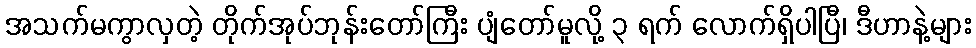
အသက်မကွာလှတဲ့ တိုက်အုပ်ဘုန်းတော်ကြီး ပျံတော်မူလို့ ၃ ရက် လောက်ရှိပါပြီ၊ ဒီဟာနဲ့များ